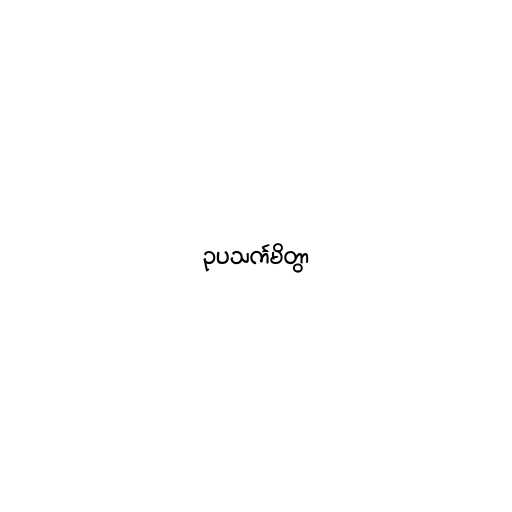
ဥပသင်္ကမိတွာ